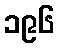
၁၉၆